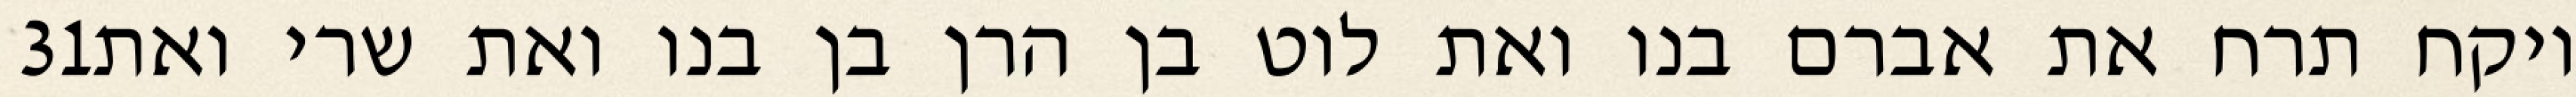
‎31‏ ויקח תרח את אברם בנו ואת לוט בן הרן בן בנו ואת שרי ואת